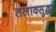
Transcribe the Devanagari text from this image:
तलावसुद्धा